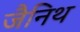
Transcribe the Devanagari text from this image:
जैनिथ